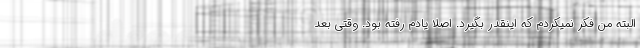
البته من فکر نمیکردم که اینقدر بگیرد. اصلا یادم رفته بود. وقتی بعد